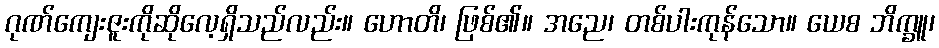
ဂုဏ်ကျေးဇူးကိုဆိုလေ့ရှိသည်လည်း။ ဟောတိ၊ ဖြစ်၏။ အညေ၊ တစ်ပါးကုန်သော။ ယေစ ဘိက္ခူ၊